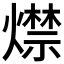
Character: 𤐖